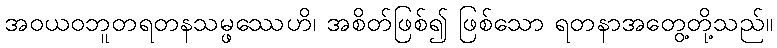
အဝယဝဘူတရတနသမ္ဖဿေဟိ၊ အစိတ်ဖြစ်၍ ဖြစ်သော ရတနာအတွေ့တို့သည်။